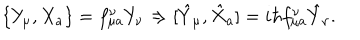
LaTeX: \{ Y _ { \mu } , X _ { a } \} = f _ { \mu a } ^ { \nu } Y _ { \nu } \Rightarrow [ \hat { Y } _ { \mu } , \hat { X } _ { a } ] = i \hbar f _ { \mu a } ^ { \nu } \hat { Y } _ { \nu } .